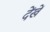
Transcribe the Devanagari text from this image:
देंखें